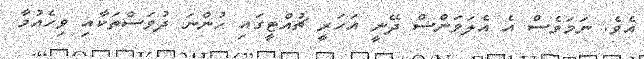
އެވެ. ނަމަވެސް އެ އެލަވަންސް ދޭނީ އަހަރީ ޗުއްޓީގައި ހުންނަ ދުވަސްތަކާއި ވިހެއުމާ